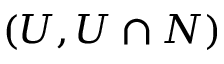
( U , U \cap N )